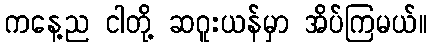
ကနေ့ည ငါတို့ ဆဂူးယန်မှာ အိပ်ကြမယ်။